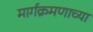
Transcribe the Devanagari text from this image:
मार्गक्रमणाच्या